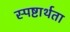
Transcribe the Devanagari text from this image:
स्पष्टार्थता